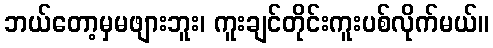
ဘယ်တော့မှမဖျားဘူး၊ ကူးချင်တိုင်းကူးပစ်လိုက်မယ်။